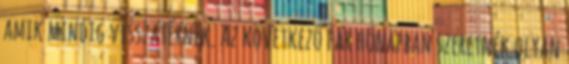
amik mindig visszatérnek. Az következő pár hónapban szeretnék olyan